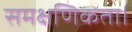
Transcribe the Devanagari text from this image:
समक्षणिकता।